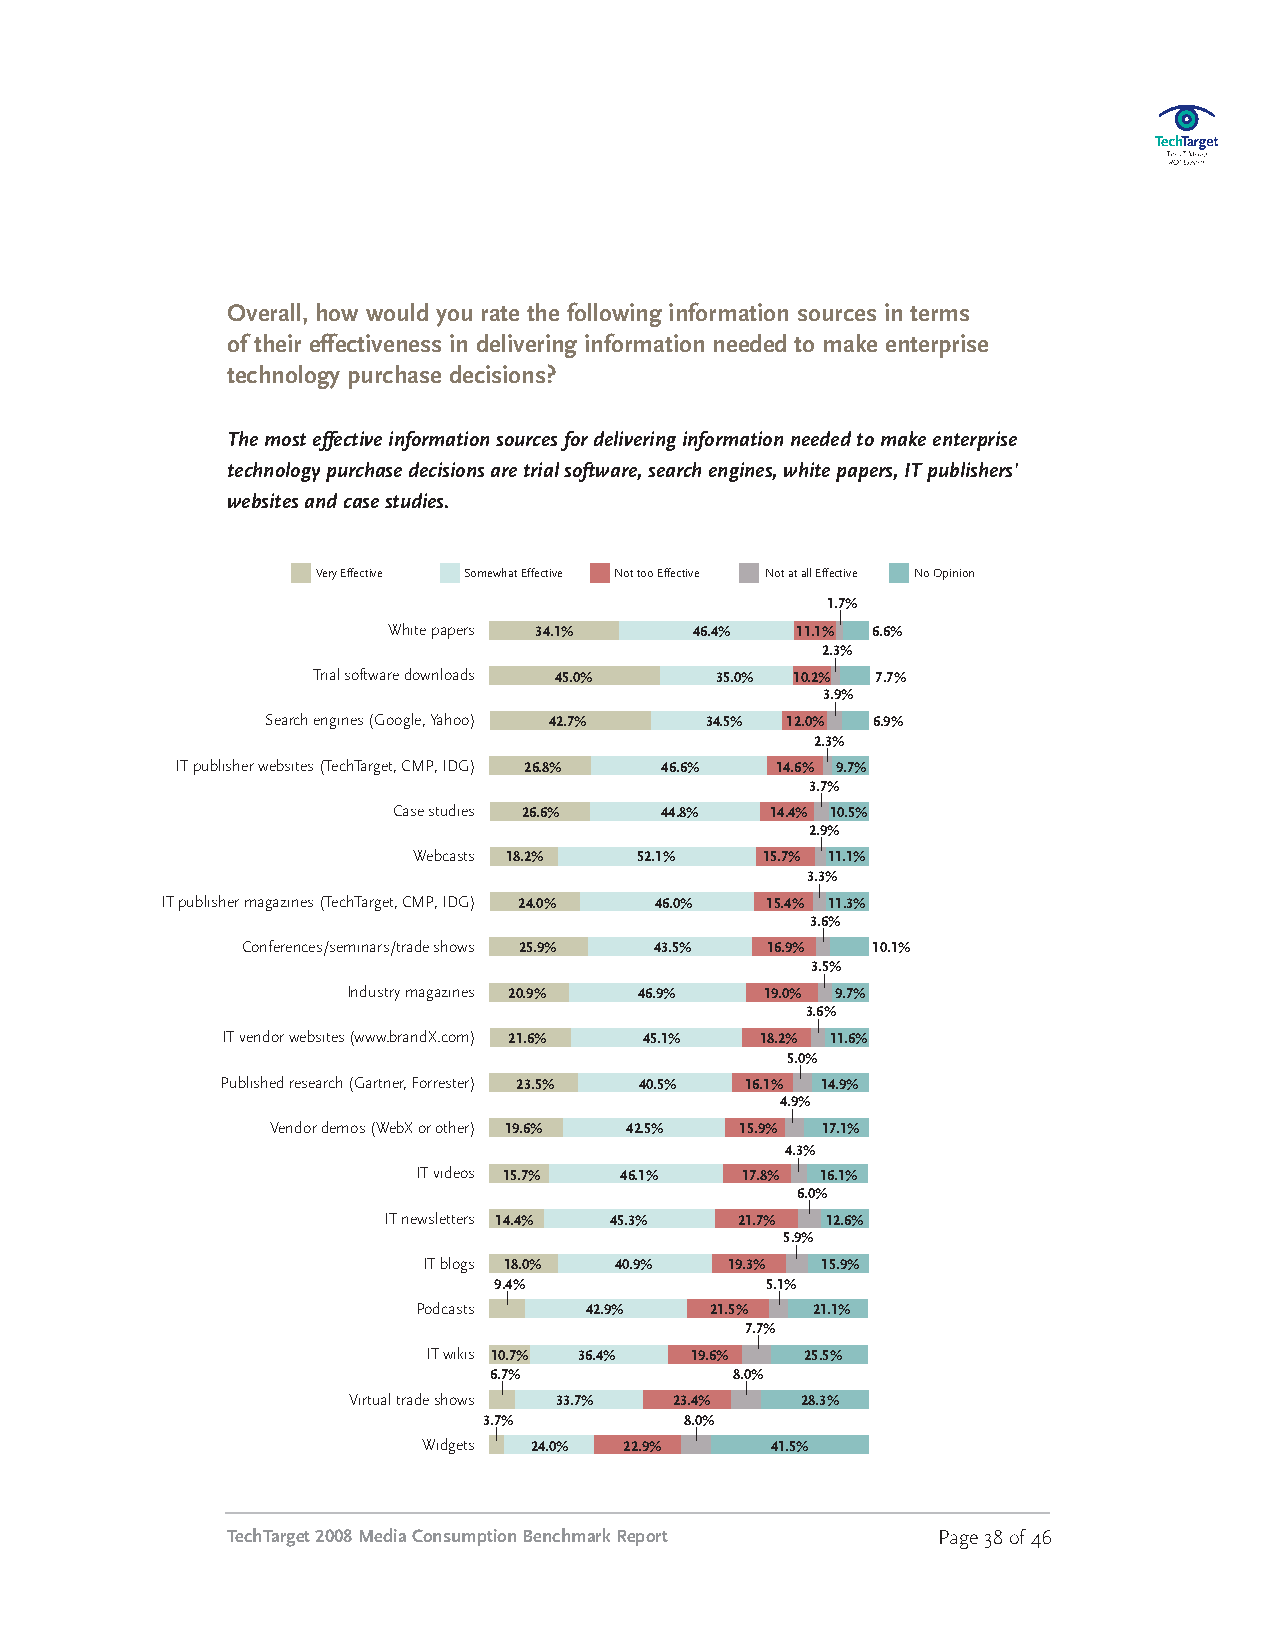
Overall, how would you rate the following information sources in terms
 of their effectiveness in delivering information needed to make enterprise
 technology purchase decisions?
 Themosteffectiveinformationsourcesfordeliveringinformationneededtomakeenterprise
 technologypurchasedecisionsaretrialsoftware,searchengines,whitepapers,ITpublishers’
 websitesandcasestudies.
 Very Effective SomewhatEffective Nottoo Effective NotatallEffective NoOpinion
 1.7%
 White papers 34.1%  46.4%  11.1% 6.6%
 2.3%
 Trialsoftware downloads
 45.0%     35.0% 10.2% 7.7%
 3.9%
 Search engines (Google,Yahoo) 42.7% 34.5% 12.0% 6.9%
 2.3%
 ITpublisher websites(TechTarget, CMP, IDG)
 26.8%    46.6%  14.6% 9.7%
 3.7%
 Case studies 26.6% 44.8% 14.4% 10.5%
 2.9%
 Webcasts 18.2% 52.1%   15.7% 11.1%
 3.3%
 ITpublishermagazines(TechTarget, CMP, IDG) 24.0% 46.0% 15.4% 11.3%
 3.6%
 Conferences/seminars/trade shows 25.9% 43.5% 16.9% 10.1%
 3.5%
 Industrymagazines 20.9% 46.9% 19.0% 9.7%
 3.6%
 ITvendorwebsites (www.brandX.com) 21.6% 45.1% 18.2% 11.6%
 5.0%
 Publishedresearch (Gartner, Forrester)
 23.5%   40.5%  16.1% 14.9%
 4.9%
 Vendordemos(WebX orother) 19.6% 42.5% 15.9% 17.1%
 4.3%
 ITvideos 15.7% 46.1% 17.8% 16.1%
 6.0%
 ITnewsletters
 14.4%  45.3%    21.7% 12.6%
 5.9%
 ITblogs 18.0% 40.9% 19.3% 15.9%
 9.4%              5.1%
 Podcasts   42.9%   21.5%  21.1%
 7.7%
 ITwikis 10.7% 36.4% 19.6% 25.5%
 6.7%             8.0%
 Virtual tradeshows 33.7% 23.4% 28.3%
 3.7%         8.0%
 Widgets 24.0% 22.9%    41.5%
 TechTarget2008MediaConsumptionBenchmarkReport  Page38of46